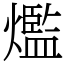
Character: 爁